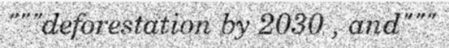
"""deforestation by 2030 , and"""